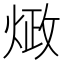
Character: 𰞺